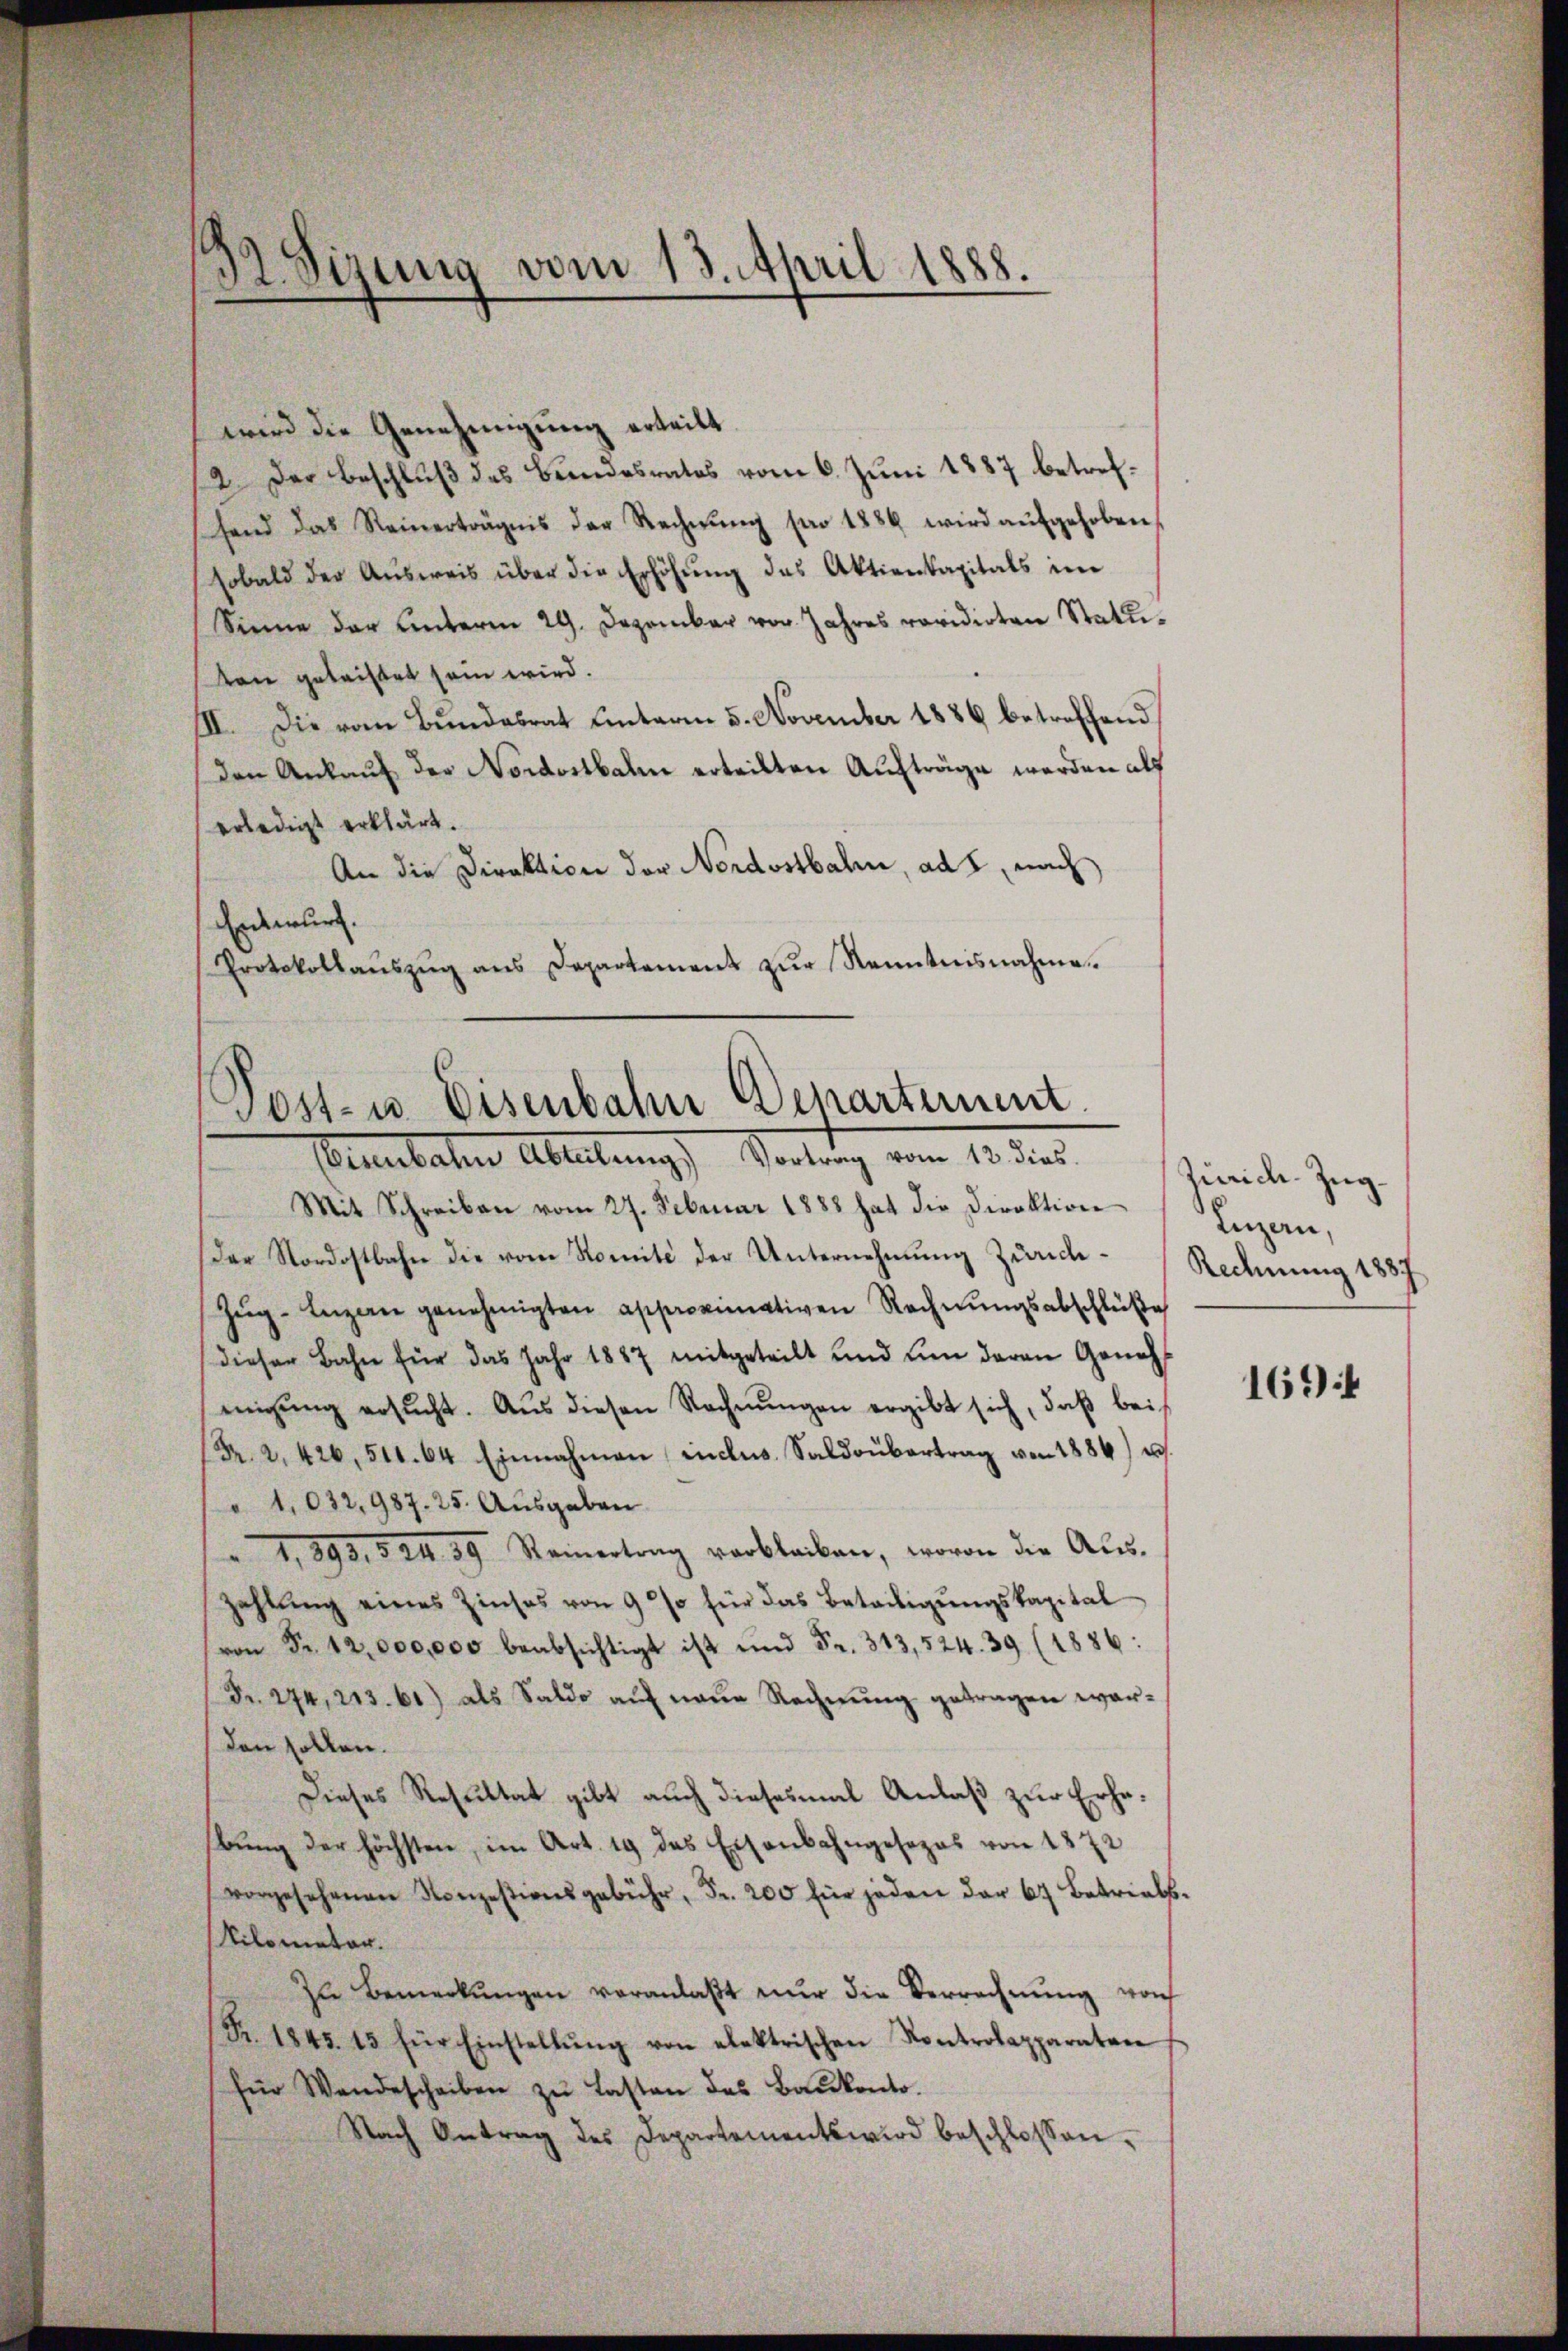
32 Sizung vom 13. April 1888.

wird die Genehmigung erteilt.
2. Der Beschluß des Bundesrates vom 6. Juni 1887 betreffend das Reinerträgnis der Rechnŭng pro 1886 wird aŭfgehoben,
sobald der Aŭsweis über die Erhöhŭng des Aktienkapitals im
Sinne der Unterm 29. Dezember vor Jahres revidirten Statuten geleistet sein wird.
III. Die vom Bundesrat unterm 5. November 1886 betreffend
den Ankauf der Nordostbahn erteilten Aufträge werden als
erledigt erklärt.
An die Direktion der Nordostbahn, ad 1, nach
Entwurf.
Protokollaŭszŭg ans Departement zŭr Kenntnisnahme

Mit Schreiben vom 27. Februar 1888 hat die Direktion
der Nordostbahn die vom Komite der Unternehmung Zürich-Rechnung 1887
Zŭg-Enzen genehmigten approximativen Rechnŭngsabschlüße
dieser Bahn für das Jahr 1887 mitgeteilt und um deren Geneh
migŭng ersŭcht. Aŭs diesen Rechnŭngen ergibt sich, daβ bei
(Fr. 2. 426, 514. 64. Einnahmen inclus Saldoubertrag von 1884) u.
 1,032,987. 25. Ausgaben
1,893, § 24. 59. Seinertrag verbleiben, wovon die Aŭs-
zahlŭng eines Zinses von 9 % für das Beteiligŭngskapital
(von Fr. 12,000,000 beabsichtigt ist und Fr. 313, 524. 39 (1886:
Fr. 274, 213. 61) als Saldo auf neue Rechnung getragen war¬
(den sollen.
Dieses Resultat gibt auch diesesmal Anlaß zur Erhebŭng der höchsten, im Art. 19 des Eisenbahngesezes von 1272
vorgesehenen Konzesionsgebühr, Fr. 200 für jeden der 67 betriebs-
Vilometar.
Zŭ Bemerkungen veranlaßt nur die Verrechnung woh
(S. 1845. 15 für Einstellŭng von elektrischen Kontrolapparaten
für Wendescheiben zŭ lasten des Baŭkonto.
Nach Antrag des Departements wird beschlossen:

Post- u. Eisenbahn Departement
Beunbaten Ableitung) Vortrag vom 13. des

Zürich. Zug
Luzern,

1694